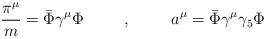
LaTeX: \begin{align*}\frac{\pi^{\mu}}{m} = \bar{\Phi}\gamma^{\mu}\Phi\hspace{.4in},\hspace{.4in}a^{\mu} = \bar{\Phi}\gamma^{\mu}\gamma_{5}\Phi\end{align*}